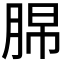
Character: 𦛭